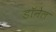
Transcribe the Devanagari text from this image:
डॉनेल